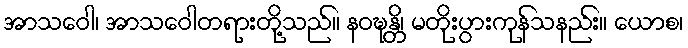
အာသဝေါ၊ အာသဝေါတရားတို့သည်။ နဝဍ္ဎန္တိ၊ မတိုးပွားကုန်သနည်း။ ယောစ၊